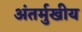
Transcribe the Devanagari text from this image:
अंतर्मुखीय